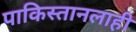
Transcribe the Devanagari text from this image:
पाकिस्तानलाही